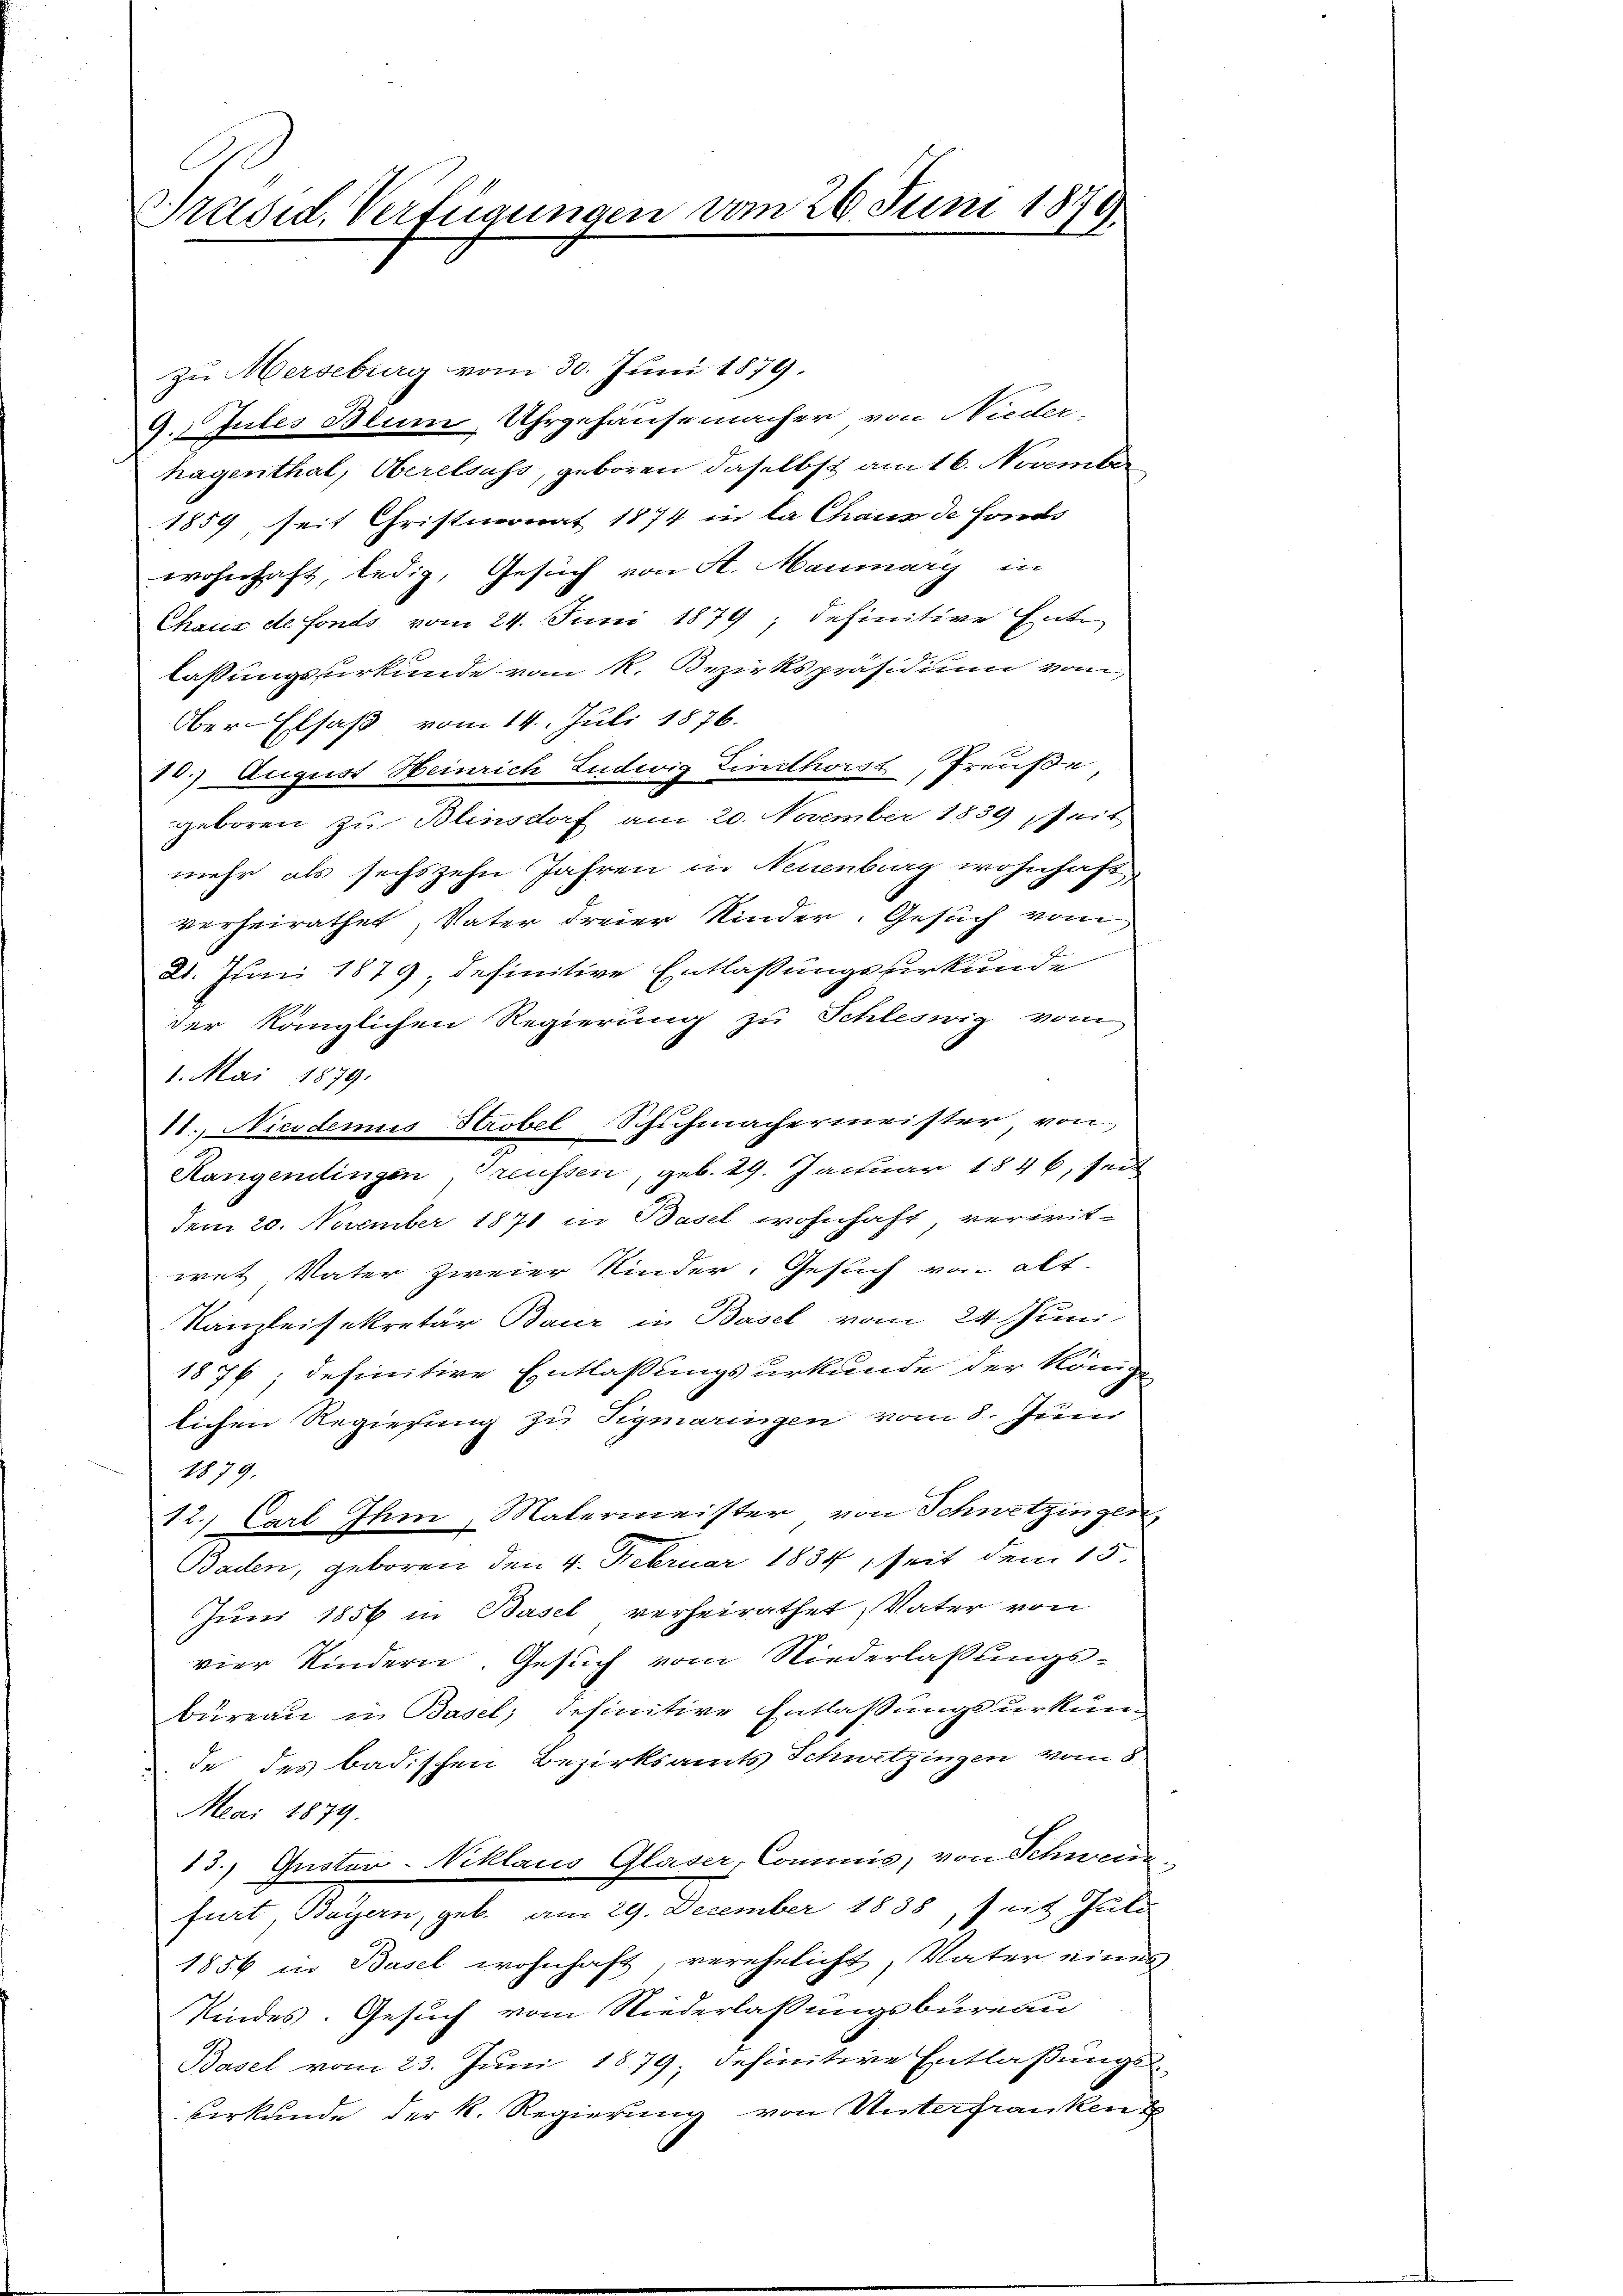
E
Präsid. Verfügungen vom 26. Juni 1849
E

zu Merseburg vom 30. Juni 1879.
9. Jules Blum, Uhrgehausemacher von Nieder-
hagenthal, Oberelsass, geboren daselbst am 16. November
1859, seit Christmonat 1874 in la Chaus de fonds
wohnhaft, ledig, Gesuch von A. Maumary in
Chaus de fonds vom 24. Juni 1879; definitive Entlassungsurkunde vom k. Bezirkspräsidium vom
Ober-Elsaß vom 14. Juli 1876.
10. August Heinrich Ludwig Tincthorst, Preuße
geboren zu Blinsdorf am 20. November 1839 seit
mehr als sechszehn Jahren in Neuenburg wohnhaft
verheirathet, Vater dreier Kinder. Gesuch vom
21. Juni 1879, definitive Entlaßungsurkunde
der königlichen Regierung zu Schleswig vom
1. Mai 1879.
Rangendingen, Greussen, geb. 29. Januar 1846, seit
dem 20. November 1871 in Basel wohnhaft verwitwet Vater zweier Kinder, Gesuch von alt-
Kanzleisekretär Baur in Basel vom 24 Juni
1876; definitive Entlassungsurkunde der Königl
lichen Regierung zu Tigmaringen vom 8. Juni
1879.
12.) Carl Ihm Malermeister von Schwetzingen,
Baden, geboren den 4. Februar 1834, seit dem 15.
Jŭni 1856 in Basel verheirathet, Vater von
vier Kindern. Gesuch vom Niederlassungs-
Bureau in Basel, definitive Entlassungsurkunde des badischen Bezirksamts Schwetzingen vom 8.
Mai 1879.
13.) Gustav-Niklaus Glaser, Commis, von Schwerde
furt, Bayern, geb. am 29. Dezember 1838, seit Juli
1856 in Basel wohnhaft, verehelicht, Vater eines
Kindes. Gesuch vom Niederlassungsbureau
Basel vom 23. Juni 1879, definitive Entlaßungs-
kerkunde der k. Regierung von Unterfranken

11. Nicodemus Strobel Schuhmachermeister von